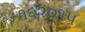
૧૬૨૦૧૫